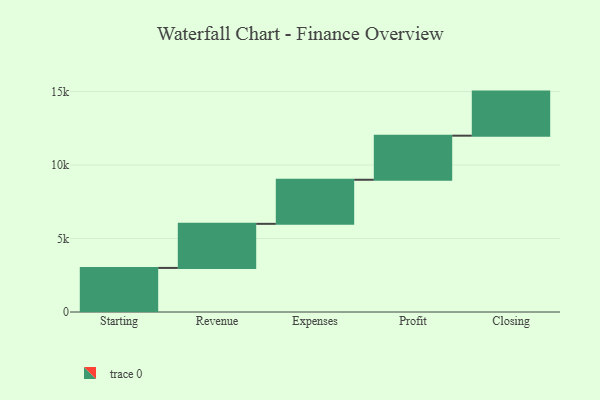
{"axis": {"x": "Step", "y": "Value"}, "legend": [""], "data": [{"x": "Starting", "y": 3000, "type": ""}, {"x": "Revenue", "y": 3000, "type": ""}, {"x": "Expenses", "y": 3000, "type": ""}, {"x": "Profit", "y": 3000, "type": ""}, {"x": "Closing", "y": 3000, "type": ""}]}